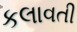
કલાવતી